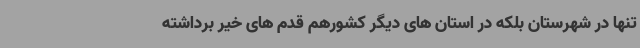
تنها در شهرستان بلکه در استان های دیگر کشورهم قدم های خیر برداشته